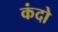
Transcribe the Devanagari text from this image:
कंदो